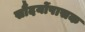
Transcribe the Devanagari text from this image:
सौंदर्योपासक